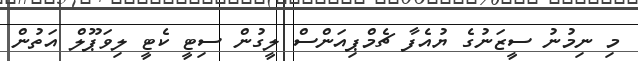
މި ނިމުނު ސީޒަނުގެ ޔުއެފާ ޗެމްޕިއަންސް ލީގުން ސިޓީ ކެޓީ ލިވަޕޫލް އަތުން